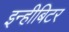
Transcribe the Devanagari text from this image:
इन्हीबिटर